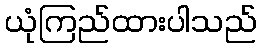
ယုံကြည်ထားပါသည်